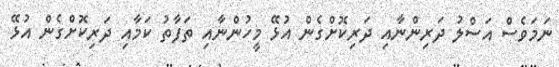
ނަމަވެސް އަސްލު ދަރިންނާއި ދަރިކޮށްގެން އުޅޭ މީހުންނާއި ތަފާތު ކަމާއި ދަރިކޮށްގެން އުޅޭ